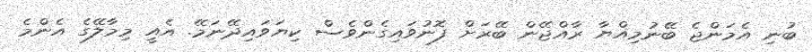
ބުނި އެމަންޖެ ބޭނުމިއްޔާ ރާއްޖޭން ބޭރަށް ފޮނުވައިގެންވެސް ކިޔަވައިދޭނަމޭ. އެއީ މިމާލޭގެ އެންމެ